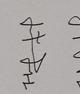
Signature authenticity: genuine